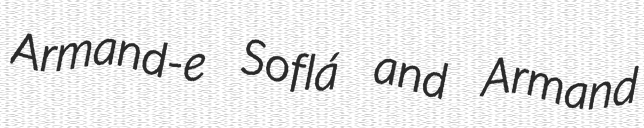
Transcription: Armand-e Soflá and Armand